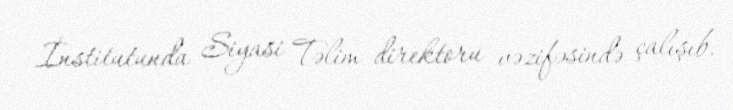
İnstitutunda Siyasi Təlim direktoru vəzifəsində çalışıb.